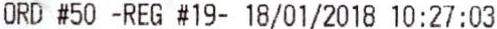
ORD #50 -REG #19- 18/01/2018 10:27:03